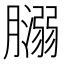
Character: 𦡥